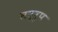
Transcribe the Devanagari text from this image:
सद्‌रुप